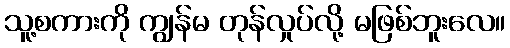
သူ့စကားကို ကျွန်မ တုန်လှုပ်လို့ မဖြစ်ဘူးလေ။